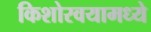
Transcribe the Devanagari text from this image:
किशोरवयामध्ये